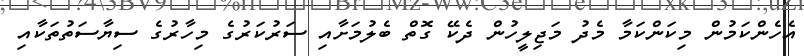
އެހެންކަމުން މިކަންކަމާ މެދު މަޖިލީހުން ދެކޭ ގޮތް ބެލުމަށާއި ސަރުކަރުގެ މިހާރުގެ ސިޔާސަތުތަކާއި